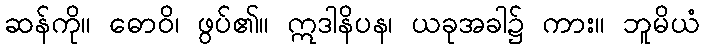
ဆန်ကို။ ဓောဝိ၊ ဖွပ်၏။ ဣဒါနိပန၊ ယခုအခါ၌ ကား။ ဘူမိယံ